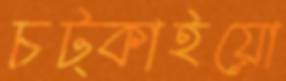
চট্‌কাইয়ো